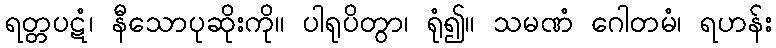
ရတ္တပဋံ၊ နီသောပုဆိုးကို။ ပါရုပိတွာ၊ ရုံ၍။ သမဏံ ဂေါတမံ၊ ရဟန်း